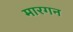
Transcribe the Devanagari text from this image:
मारगन